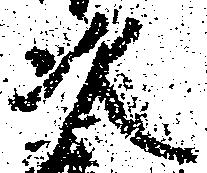
次